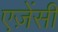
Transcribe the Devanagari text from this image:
एज़ेंसी